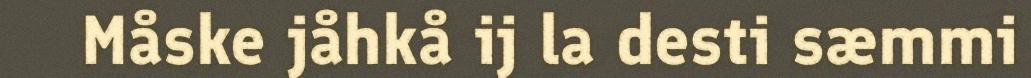
Måske jåhkå ij la desti sæmmi